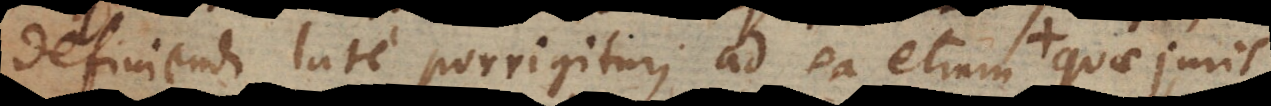
definiendi late porrigitur, ad ea etiam quae juris